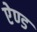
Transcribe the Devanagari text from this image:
एेण्ड